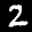
Label: 2